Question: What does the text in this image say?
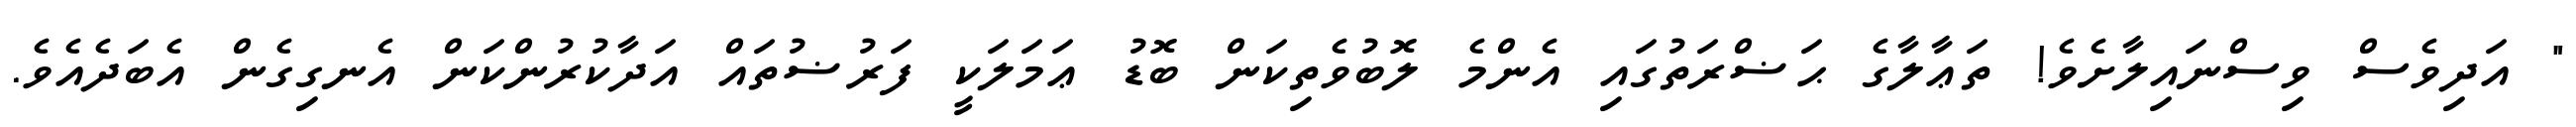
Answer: " އަދިވެސް ވިސްނައިލާށެވެ! ތަޢާލާގެ ޙަޟްރަތުގައި އެންމެ ލޮބުވެތިކަން ބޮޑު ޢަމަލަކީ ފަރުޟުތައް އަދާކުރުންކަން އެނގިގެން އެބަދެއެވެ.